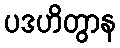
ပဒဟိတွာန